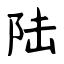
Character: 陆